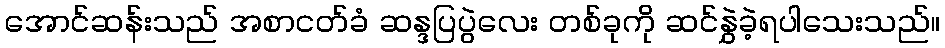
အောင်ဆန်းသည် အစာငတ်ခံ ဆန္ဒပြပွဲလေး တစ်ခုကို ဆင်နွှဲခဲ့ရပါသေးသည်။